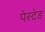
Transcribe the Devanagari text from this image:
पेस्टेड